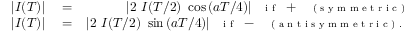
\begin{array} { r l r } { | I ( T ) | } & { { } = } & { | 2 ~ I ( T / 2 ) ~ \cos { ( a T / 4 ) } | \, \, \textrm { { \scriptsize i f } } + \, \, \textrm { { \scriptsize ( s y m m e t r i c ) } } } \\ { | I ( T ) | } & { { } = } & { | 2 ~ I ( T / 2 ) ~ \sin { ( a T / 4 ) } | \, \, \textrm { { \scriptsize i f } } - \, \, \textrm { { \scriptsize ( a n t i s y m m e t r i c ) . } } } \end{array}